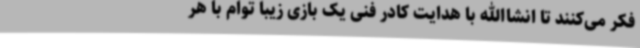
فکر می‌کنند تا انشاالله با هدایت کادر فنی یک بازی زیبا توام با هر